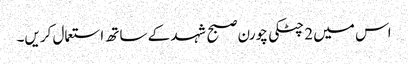
اس میں 2 چٹکی چورن صبح شہد کے ساتھ استعمال کریں۔